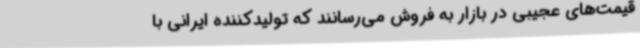
قیمت‌های عجیبی در بازار به فروش می‌رسانند که تولیدکننده ایرانی با